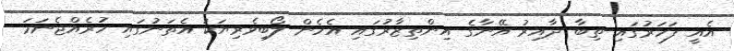
އެއީ ފަހަރުގައި ތިބާ ދާއިރު އޭނާގެ އިންތިޒާރުގައި އެހެން ލޯބިވެރިޔަކު އެތަނުގައި ހުރެއްޖެނަމަ